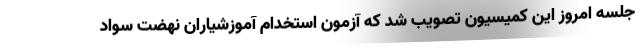
جلسه امروز این کمیسیون تصویب شد که آزمون استخدام آموزشیاران نهضت سواد